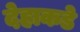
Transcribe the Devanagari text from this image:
देहाकडे